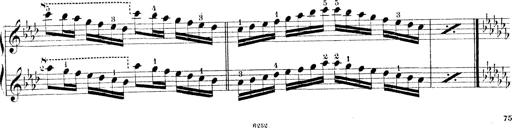
Title: Technische Studien
Composer: Franz Liszt